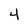
Character: 4